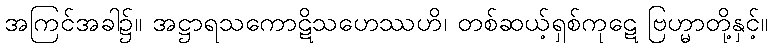
အကြင်အခါ၌။ အဋ္ဌာရသကောဋိသဟေဿဟိ၊ တစ်ဆယ့်ရှစ်ကုဋေ ဗြဟ္မာတို့နှင့်။